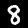
Digit: 8